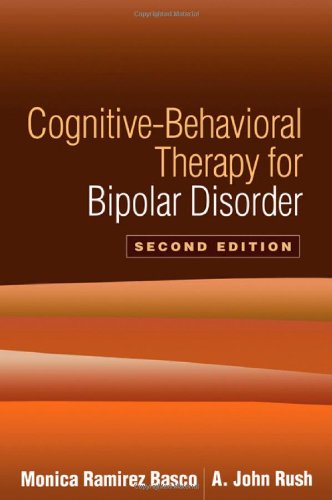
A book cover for Cognitive-Behavioral Therapy for Bipolar Disorder, Second Edition; Monica Ramirez Basco PhD; Health, Fitness & Dieting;